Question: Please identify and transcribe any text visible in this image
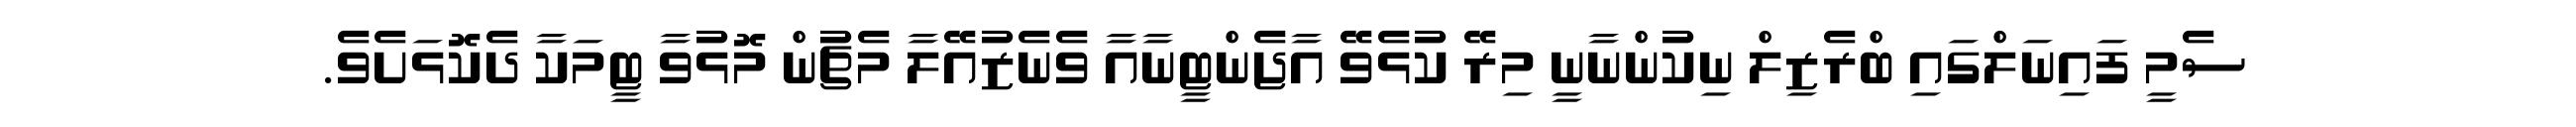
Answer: ސެމީ ފައިނަލްގައި ބްރެޒިލް ނިކުންނާނީ މިރޭ ކުޅެވޭ އާޖެންޓީނާއާ ވެނެޒުއޭލާ މެޗުން މޮޅުވާ ޓީމަކާ ދެކޮޅަށެވެ.